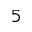
5